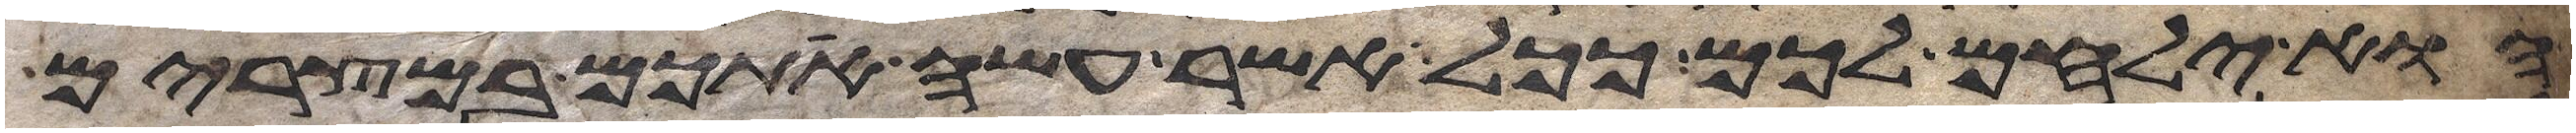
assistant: הוא ילחם לכם ככל אשר עשה אתכם במצרים